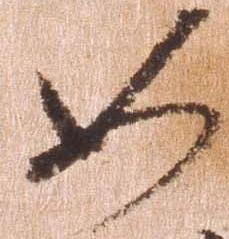
如